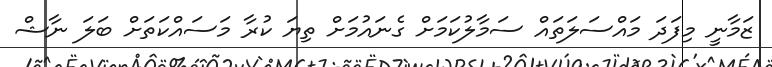
ޒަމާނީ މިފަދަ މައްސަލަތައް ސަމާލުކަމަށް ގެނައުމަށް ތިޔަ ކުރާ މަސައްކަތަށް ބަލަ ނާޝް